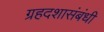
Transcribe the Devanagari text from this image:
ग्रहदशासंबंधी